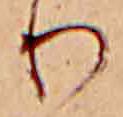
り